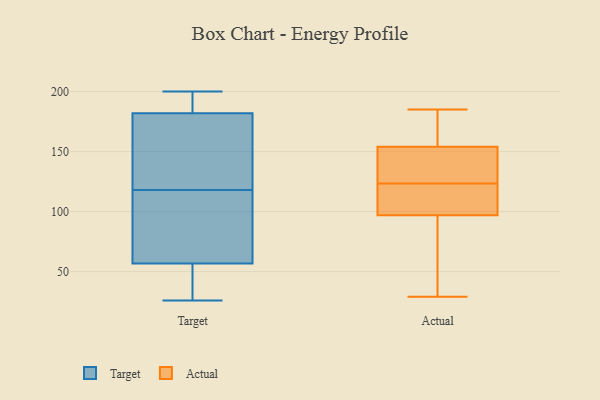
{"axis": {"x": "Budget (USD K)", "y": "Value"}, "legend": ["Actual", "Target"], "data": [{"x": "", "y": 118, "type": "Target"}, {"x": "", "y": 194, "type": "Target"}, {"x": "", "y": 161, "type": "Target"}, {"x": "", "y": 31, "type": "Target"}, {"x": "", "y": 66, "type": "Target"}, {"x": "", "y": 44, "type": "Target"}, {"x": "", "y": 179, "type": "Target"}, {"x": "", "y": 26, "type": "Target"}, {"x": "", "y": 111, "type": "Target"}, {"x": "", "y": 126, "type": "Target"}, {"x": "", "y": 200, "type": "Target"}, {"x": "", "y": 61, "type": "Target"}, {"x": "", "y": 191, "type": "Target"}, {"x": "", "y": 97, "type": "Actual"}, {"x": "", "y": 185, "type": "Actual"}, {"x": "", "y": 161, "type": "Actual"}, {"x": "", "y": 29, "type": "Actual"}, {"x": "", "y": 154, "type": "Actual"}, {"x": "", "y": 129, "type": "Actual"}, {"x": "", "y": 107, "type": "Actual"}, {"x": "", "y": 118, "type": "Actual"}, {"x": "", "y": 148, "type": "Actual"}, {"x": "", "y": 92, "type": "Actual"}]}